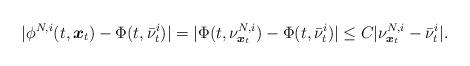
LaTeX: \begin{align*}|\phi^{N,i}(t,\boldsymbol{x}_t)-\Phi(t,\bar{\nu}_t^i)|=|\Phi(t,\nu^{N,i}_{\boldsymbol{x}_t})-\Phi(t,\bar{\nu}_t^i)|\leq C|\nu^{N,i}_{\boldsymbol{x}_t}-\bar{\nu}_t^i|.\end{align*}